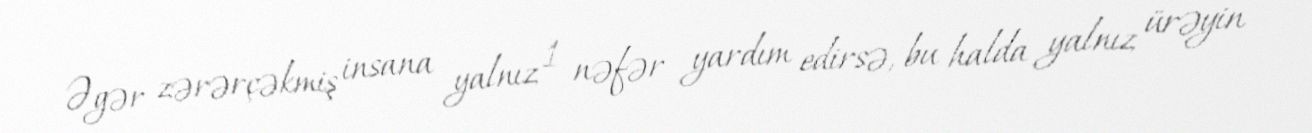
Əgər zərərçəkmiş insana yalnız 1 nəfər yardım edirsə, bu halda yalnız ürəyin